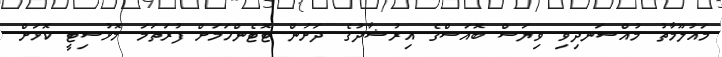
މައުލޫމާތު މުއްސަނދިވި ވިޔަސް ބޮއަސްގެ އިރުޝާދުގެ ދަށުން ޓޮޓެންހަމަށް ފުރަތަމަ މޮޅުސިޓީ ކޮޅަށް